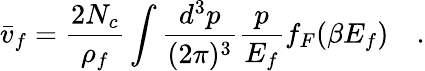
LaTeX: \bar{v}_{f}=\frac{2N_{c}}{\rho_{f}}\int\frac{d^{3}p}{(2\pi)^{3}}\frac{p}{E_{f}}f_{F}(\beta E_{f})\quad.